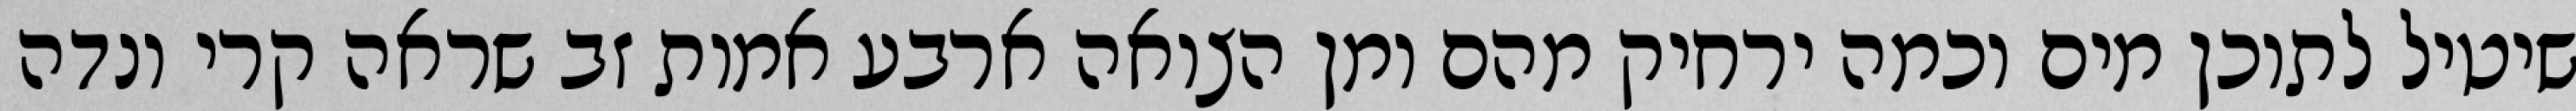
שיטיל לתוכן מים וכמה ירחיק מהם ומן הצואה ארבע אמות זב שראה קרי ונדה